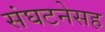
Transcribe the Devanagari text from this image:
संघटनेसह